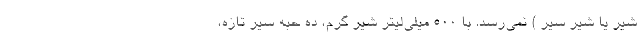
شیر یا شیر سیر ) نمی‌رسد. با ۵۰۰ میلی‌لیتر شیر گرم، ده حبه سیر تازه،